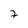
Character: 7